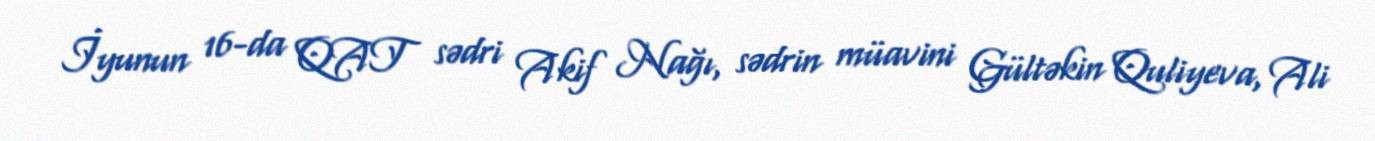
İyunun 16-da QAT sədri Akif Nağı, sədrin müavini Gültəkin Quliyeva, Ali